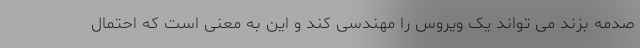
صدمه بزند می تواند یک ویروس را مهندسی کند و این به معنی است که احتمال